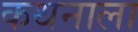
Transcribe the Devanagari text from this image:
कथनाला